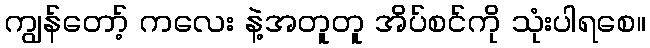
ကျွန်တော့် ကလေး နဲ့အတူတူ အိပ်စင်ကို သုံးပါရစေ။